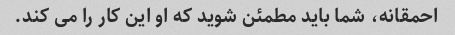
احمقانه، شما باید مطمئن شوید که او این کار را می کند.